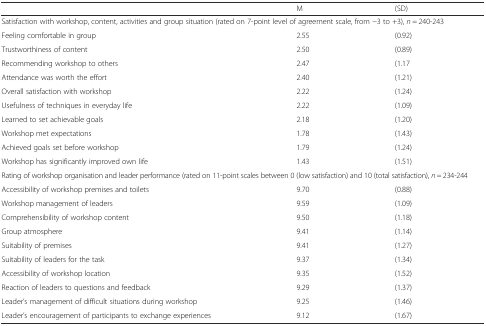
<table><thead><tr><td></td><td><b>M</b></td><td><b>(SD)</b></td></tr></thead><tbody><tr><td colspan="3">Satisfaction with workshop, content, activities and group situation (rated on 7-point level of agreement scale, from −3 to +3), <i>n</i> = 240-243</td></tr><tr><td>Feeling comfortable in group</td><td>2.55</td><td>(0.92)</td></tr><tr><td>Trustworthiness of content</td><td>2.50</td><td>(0.89)</td></tr><tr><td>Recommending workshop to others</td><td>2.47</td><td>(1.17</td></tr><tr><td>Attendance was worth the effort</td><td>2.40</td><td>(1.21)</td></tr><tr><td>Overall satisfaction with workshop</td><td>2.22</td><td>(1.24)</td></tr><tr><td>Usefulness of techniques in everyday life</td><td>2.22</td><td>(1.09)</td></tr><tr><td>Learned to set achievable goals</td><td>2.18</td><td>(1.20)</td></tr><tr><td>Workshop met expectations</td><td>1.78</td><td>(1.43)</td></tr><tr><td>Achieved goals set before workshop</td><td>1.79</td><td>(1.24)</td></tr><tr><td>Workshop has significantly improved own life</td><td>1.43</td><td>(1.51)</td></tr><tr><td colspan="3">Rating of workshop organisation and leader performance (rated on 11-point scales between 0 (low satisfaction) and 10 (total satisfaction), <i>n</i> = 234-244</td></tr><tr><td>Accessibility of workshop premises and toilets</td><td>9.70</td><td>(0.88)</td></tr><tr><td>Workshop management of leaders</td><td>9.59</td><td>(1.09)</td></tr><tr><td>Comprehensibility of workshop content</td><td>9.50</td><td>(1.18)</td></tr><tr><td>Group atmosphere</td><td>9.41</td><td>(1.14)</td></tr><tr><td>Suitability of premises</td><td>9.41</td><td>(1.27)</td></tr><tr><td>Suitability of leaders for the task</td><td>9.37</td><td>(1.34)</td></tr><tr><td>Accessibility of workshop location</td><td>9.35</td><td>(1.52)</td></tr><tr><td>Reaction of leaders to questions and feedback</td><td>9.29</td><td>(1.37)</td></tr><tr><td>Leader’s management of difficult situations during workshop</td><td>9.25</td><td>(1.46)</td></tr><tr><td>Leader’s encouragement of participants to exchange experiences</td><td>9.12</td><td>(1.67)</td></tr></tbody></table>